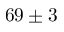
6 9 \pm 3